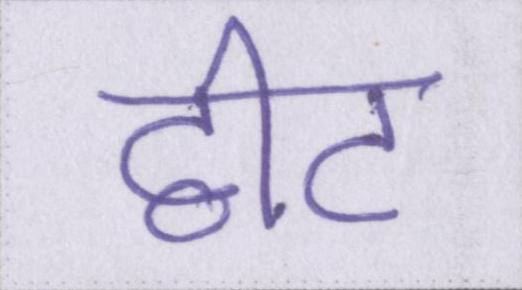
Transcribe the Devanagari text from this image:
ट्वीट